Vaccination in Bombay 1869-1873 - 1869-1873
Year: 1869
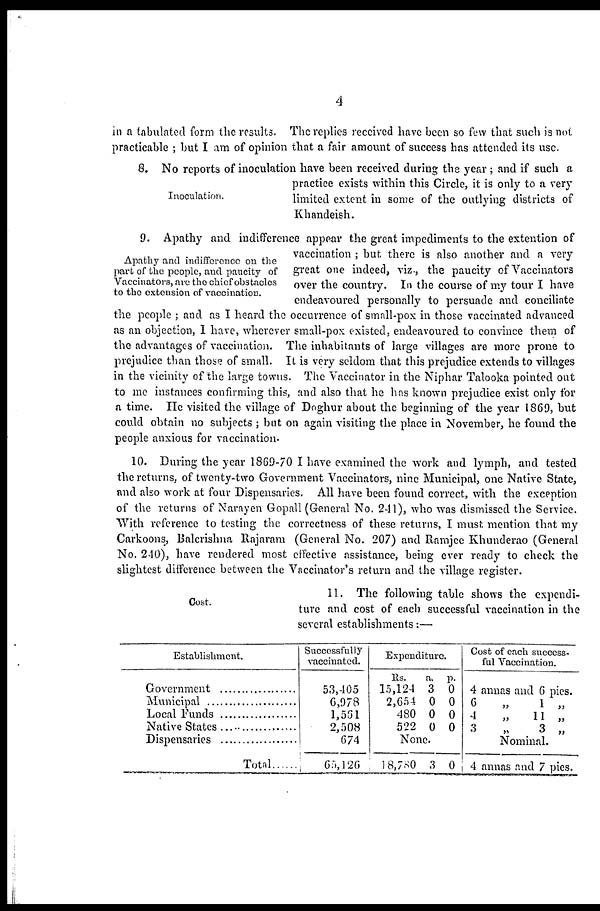
4
in a tabulated form the results. The replies received have been so few that such is not
practicable ; but I am of opinion that a fair amount of success has attended its use.
Inoculation.
8. No reports of inoculation have been received during the year; and if such a
practice exists within this Circle, it is only to a very
limited extent in some of the outlying districts of
Khandeish.
Apathy and indifference on the
part of the people, and paucity of
Vaccinators, are the chief obstacles
to the extension of vaccination.
9. Apathy and indifference appear the great impediments to the extention of
vaccination ; but there is also another and a very
great one indeed, viz., the paucity of Vaccinators
over the country. In the course of my tour I have
endeavoured personally to persuade and conciliate
the people ; and as I heard the occurrence of small-pox in those vaccinated advanced
as an objection, I have, wherever small-pox existed, endeavoured to convince them of
the advantages of vaccination. The inhabitants of large villages are more prone to
prejudice than those of small. It is very seldom that this prejudice extends to villages
in the vicinity of the large towns. The Vaccinator in the Niphar Talooka pointed out
to me instances confirming this, and also that he has known prejudice exist only for
a time. He visited the village of Doghur about the beginning of the year 1869, but
could obtain no subjects ; but on again visiting the place in November, he found the
people anxious for vaccination.
10. During the year 1869-70 I have examined the work and lymph, and tested
the returns, of twenty-two Government Vaccinators, nine Municipal, one Native State,
and also work at four Dispensaries. All have been found correct, with the exception
of the returns of Narayen Gopall (General No. 241), who was dismissed the Service.
With reference to testing the correctness of these returns, I must mention that my
Carkoons, Balcrishna Rajaram (General No. 207) and Ramjee Khunderao (General
No. 240), have rendered most effective assistance, being ever ready to check the
slightest difference between the Vaccinator's return and the village register.
Cost.
11. The following table shows the expendi-
ture and cost of each successful vaccination in the
several establishments:—
Establishment.
Goverment ..........
Municipal ...........
Local Funds ........
Native States........
Dispensaries ........
Total
Successfully
vaccinated.
53,405
6,978
1,561
2,508
674
65,126
Expenditure.
Rs.
15,124
2,654
480
522
a.
3
0
0
0
p.
0
0
0
0
None.
18,780 3 0
Cost of each success-
ful Vaccination.
4 annas and 6 pies.
6
„
1 „
4
„
11 „
3
„
3
„
Nominal.
4 annas and 7 pies.